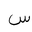
Letter: _sin